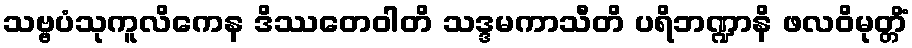
သဗ္ဗပံသုကူလိကေန ဒိဿတေဝါတိ သဒ္ဒမကာသီတိ ပရိဘဏ္ဍာနိ ဖလဝိမုတ္တိံ